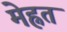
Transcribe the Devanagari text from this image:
मेह्नत